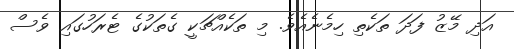
އަދި މޭޒު ފަދަ ތަކެތި ހިމެނެއެވެ. މި ތަކެއްޗަކީ ގެތަކުގެ ޓެރަހުގައި ވެސް